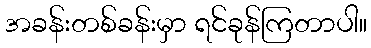
အခန်းတစ်ခန်းမှာ ရင်ခုန်ကြတာပါ။